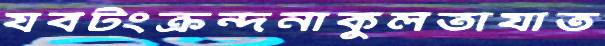
যবটংক্রন্দনাকুলতাযাত